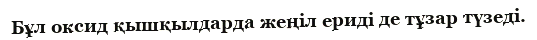
Бұл оксид қышқылдарда жеңіл ериді де тұзар түзеді.